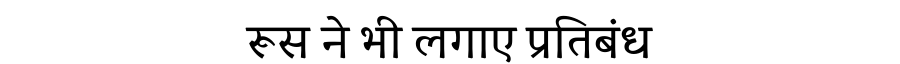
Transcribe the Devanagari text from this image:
रूस ने भी लगाए प्रतिबंध